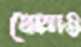
খোয়াও